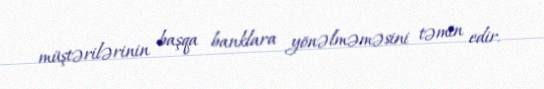
müştərilərinin başqa banklara yönəlməməsini təmin edir.